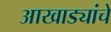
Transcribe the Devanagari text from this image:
आखाड्यांचे